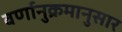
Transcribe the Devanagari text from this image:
वर्णानुक्रमानुसार